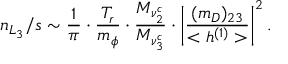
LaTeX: n _ { L _ { 3 } } / s \sim \frac { 1 } { \pi } \cdot \frac { T _ { r } } { m _ { \phi } } \cdot \frac { M _ { \nu _ { 2 } ^ { c } } } { M _ { \nu _ { 3 } ^ { c } } } \cdot \left| \frac { ( m _ { D } ) _ { 2 3 } } { < h ^ { ( 1 ) } > } \right| ^ { 2 } .